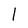
Character: l